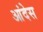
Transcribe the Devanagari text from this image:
आंदेस